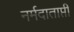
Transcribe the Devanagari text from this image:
नर्मदाताप्ती